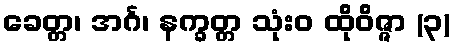
ခေတ္တ၊ အင်္ဂ၊ နက္ခတ္တ သုံးဝ ထိုဝိဇ္ဇာ (၃)